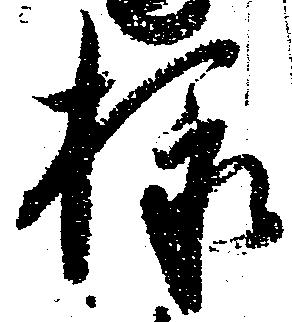
様